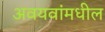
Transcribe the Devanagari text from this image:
अवयवांमधील